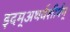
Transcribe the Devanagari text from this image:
इदम्‌अथर्वशीर्षम्‌